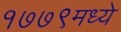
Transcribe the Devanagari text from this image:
१७७९मध्ये